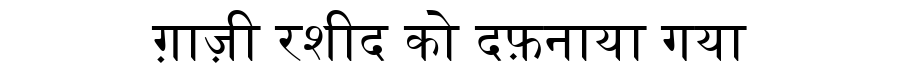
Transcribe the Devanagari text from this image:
ग़ाज़ी रशीद को दफ़नाया गया